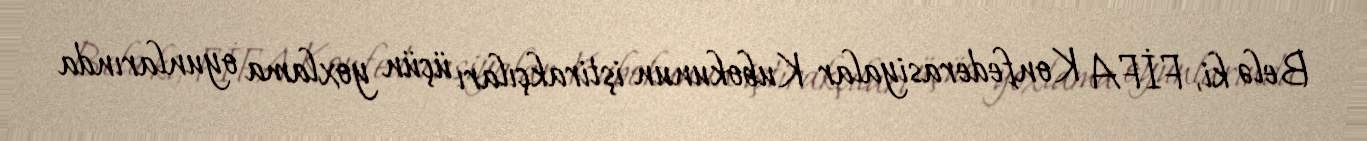
Belə ki, FİFA Konfederasiyalar Kubokunun iştirakçıları üçün yoxlama oyunlarında